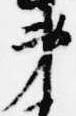
弟